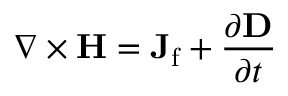
\nabla \times \mathbf { H } = \mathbf { J } _ { \mathrm { f } } + { \frac { \partial \mathbf { D } } { \partial t } }